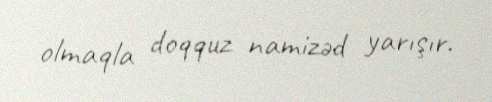
olmaqla doqquz namizəd yarışır.